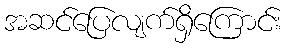
အဆင်ပြေလျက်ရှိကြောင်း